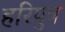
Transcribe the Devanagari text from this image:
हरिपुत्र